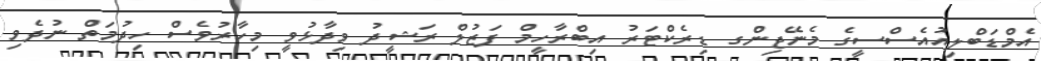
އެމްޑަބްލިއުއެސްސީގެ މެނޭޖިންގ ޑިރެކްޓަރު އިބްރާހީމް ފަޒުލް ރަޝީދު ވިދާޅުވީ މިހާރުވެސް ހިދުމަތް ނުދެވި